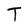
Character: T